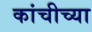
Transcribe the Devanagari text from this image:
कांचीच्या